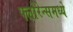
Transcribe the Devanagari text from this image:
फ्लोरेन्समध्ये